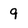
Character: 9